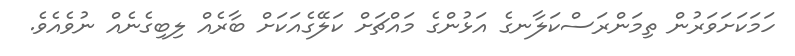
ހަމަކަށަވަރުން ތިމަންރަސްކަލާނގެ އަޅުންގެ މައްޗަށް ކަލޭގެއަކަށް ބާރެއް ލިބިގެނެއް ނުވެއެވެ.